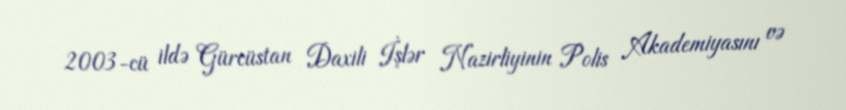
2003-cü ildə Gürcüstan Daxili İşlər Nazirliyinin Polis Akademiyasını və